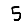
Digit: 5